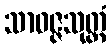
သာဝဇ္ဇသုတ္တံ